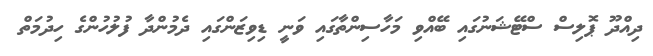
ދިއްދޫ ޕޮލިސް ސްޓޭޝަނުގައި ބޭއްވި މަހާސިންތާގައި ވަނީ ޑިވިޒަންގައި ދެމުންދާ ފުލުހުންގެ ހިދުމަތް